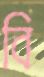
বি